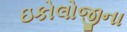
ઇકોલોજીના